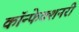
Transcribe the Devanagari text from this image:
कॉन्फेक्शनरी